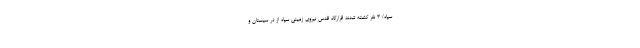
سپاه/ 3 نفر کشته شدند قرارگاه قدس نیروی زمینی سپاه از در سیستان و